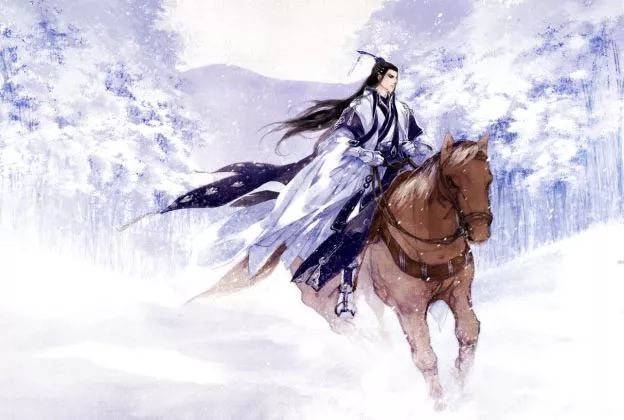
酒酣应对燕山雪，正冰河月冻，晓陇云飞。